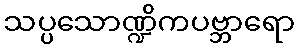
သပ္ပသောဏ္ဍိကပဗ္ဘာရော